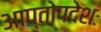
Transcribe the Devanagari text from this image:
आप्तोपदेशः